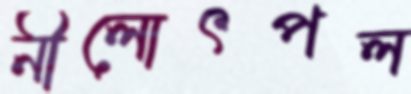
নীলোৎপল